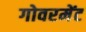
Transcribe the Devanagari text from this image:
गोवरमेंट